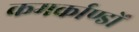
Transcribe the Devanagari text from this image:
कमर्काण्डों